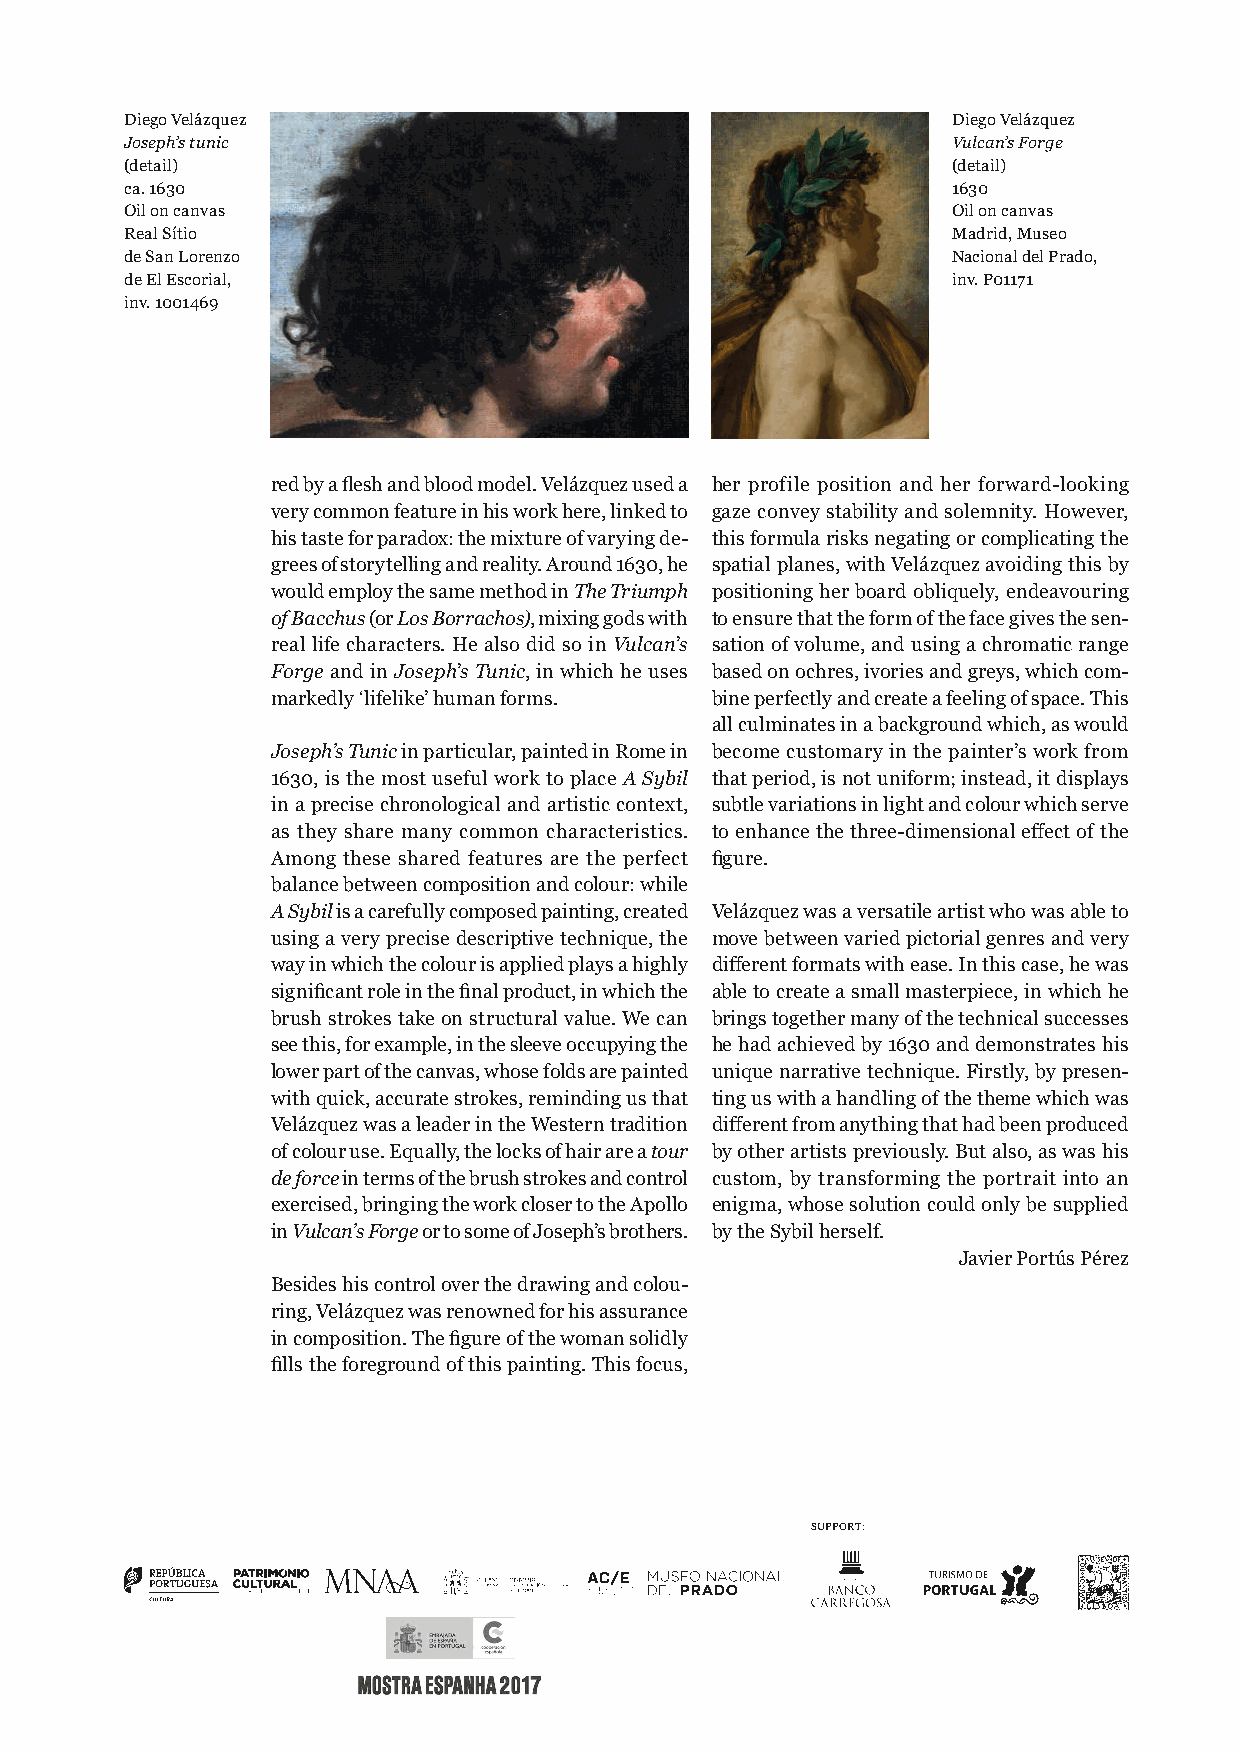
Diego Velázquez                                        Diego Velázquez
 Joseph’s tunic                                         Vulcan’s Forge
 (detail)                                               (detail)
 ca. 1630                                               1630
 Oil on canvas                                          Oil on canvas
 Real Sítio                                             Madrid, Museo
 de San Lorenzo                                         Nacional del Prado,
 de El Escorial,                                        inv. P01171
 inv. 1001469
 red by a flesh and blood model. Velázquez used a her profile position and her forward-looking
 very common feature in his work here, linked to gaze convey stability and solemnity. However,
 his taste for paradox: the mixture of varying de- this formula risks negating or complicating the
 grees of storytelling and reality. Around 1630, he spatial planes, with Velázquez avoiding this by
 would employ the same method in The Triumph positioning her board obliquely, endeavouring
 of Bacchus (or Los Borrachos), mixing gods with to ensure that the form of the face gives the sen-
 real life characters. He also did so in Vulcan’s sation of volume, and using a chromatic range
 Forge and in Joseph’s Tunic, in which he uses based on ochres, ivories and greys, which com-
 markedly ‘lifelike’ human forms. bine perfectly and create a feeling of space. This
 all culminates in a background which, as would
 Joseph’s Tunic in particular, painted in Rome in become customary in the painter’s work from
 1630, is the most useful work to place A Sybil that period, is not uniform; instead, it displays
 in a precise chronological and artistic context, subtle variations in light and colour which serve
 as they share many common characteristics. to enhance the three-dimensional effect of the
 Among these shared features are the perfect figure.
 balance between composition and colour: while
 A Sybil is a carefully composed painting, created Velázquez was a versatile artist who was able to
 using a very precise descriptive technique, the move between varied pictorial genres and very
 way in which the colour is applied plays a highly different formats with ease. In this case, he was
 significant role in the final product, in which the able to create a small masterpiece, in which he
 brush strokes take on structural value. We can brings together many of the technical successes
 see this, for example, in the sleeve occupying the he had achieved by 1630 and demonstrates his
 lower part of the canvas, whose folds are painted unique narrative technique. Firstly, by presen-
 with quick, accurate strokes, reminding us that ting us with a handling of the theme which was
 Velázquez was a leader in the Western tradition different from anything that had been produced
 of colour use. Equally, the locks of hair are a tour by other artists previously. But also, as was his
 de force in terms of the brush strokes and control custom, by transforming the portrait into an
 exercised, bringing the work closer to the Apollo enigma, whose solution could only be supplied
 in Vulcan’s Forge or to some of Joseph’s brothers. by the Sybil herself.
 Javier Portús Pérez
 Besides his control over the drawing and colou-
 ring, Velázquez was renowned for his assurance
 in composition. The figure of the woman solidly
 fills the foreground of this painting. This focus,
 SUPPORT: